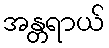
အန္တရာယ်